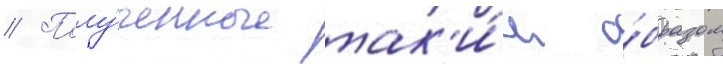
// Полу́ченные так'и́м о́бразом